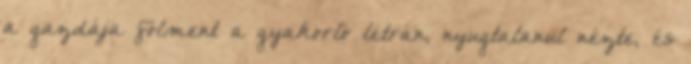
a gazdája fölment a gyakorló létrán, nyugtalanul nézte, és